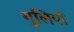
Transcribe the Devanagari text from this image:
गुलियो